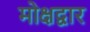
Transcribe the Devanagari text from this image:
मोक्षद्वार